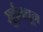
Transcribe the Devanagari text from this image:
सुईमधून